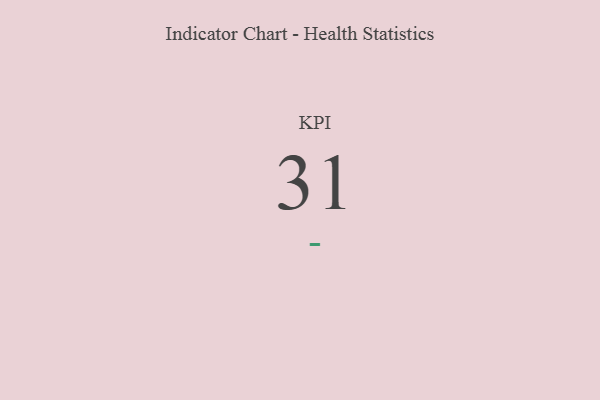
{"axis": {"x": "KPI", "y": "Value"}, "legend": [""], "data": [{"x": "KPI", "y": 31, "type": ""}]}